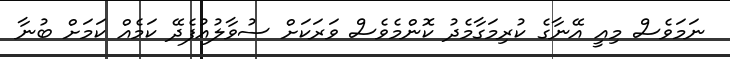
ނަމަވެސް މިއީ އޭނާގެ ކުރިމަގާމެދު ކޮންމެވެސް ވަރަކަށް ސުވާލުއުފެދޭ ކަމެއް ކަމަށް ބުނާ